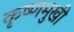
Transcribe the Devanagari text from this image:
कृष्णमुखी